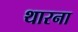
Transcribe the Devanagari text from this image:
थारना